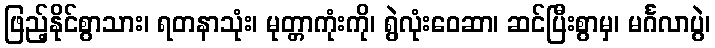
ဖြည့်နိုင်စွာသား၊ ရတနာသုံး၊ မုတ္တာကုံးကို၊ ရွဲလုံးဝေဆာ၊ ဆင်ပြီးစွာမှ၊ မင်္ဂလာပွဲ၊